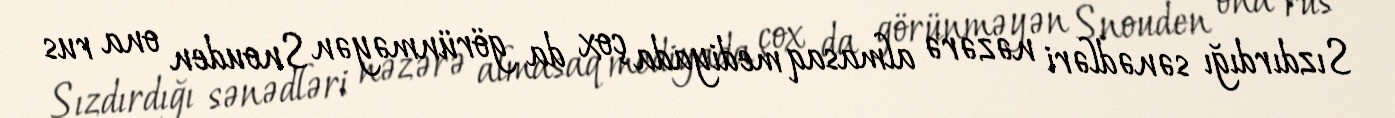
Sızdırdığı sənədləri nəzərə almasaq mediyada çox da görünməyən Snouden ona rus